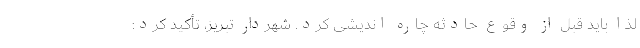
لذا باید قبل از وقوع حادثه چاره اندیشی کرد. شهردار تبریز، تأکید کرد: